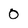
Character: 0